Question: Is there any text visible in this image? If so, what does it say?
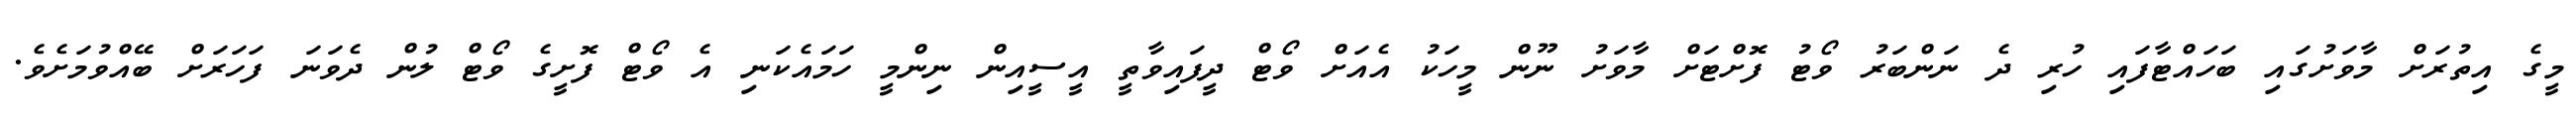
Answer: މީގެ އިތުރަށް މާވަށުގައި ބަހައްޓާފައި ހުރި ދެ ނަންބަރު ވޯޓު ފޮށްޓަށް މާވަށު ނޫން މީހަކު އެއަށް ވޯޓް ދީފައިވާތީ އީސީއިން ނިންމީ ހަމައެކަނި އެ ވޯޓް ފޮށީގެ ވޯޓް ލުން ދެވަނަ ފަހަރަށް ބޭއްވުމަށެވެ.